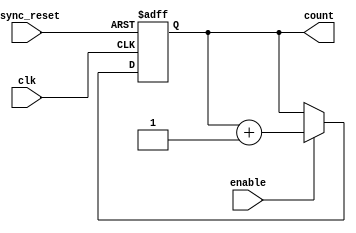
module dynamic_asynchronous_counter (
    input wire clk,           // Clock signal (not used for counting, but included for simulation)
    input wire async_reset,   // Asynchronous reset signal
    input wire enable,        // Enable signal for counting
    output reg [3:0] count    // 4-bit counter output
);

// Asynchronous reset and counting logic
always @(posedge clk or posedge async_reset) begin
    if (async_reset) begin
        count <= 4'b0000;  // Reset count to zero
    end else if (enable) begin
        count <= count + 1; // Increment count
    end
end

endmodule